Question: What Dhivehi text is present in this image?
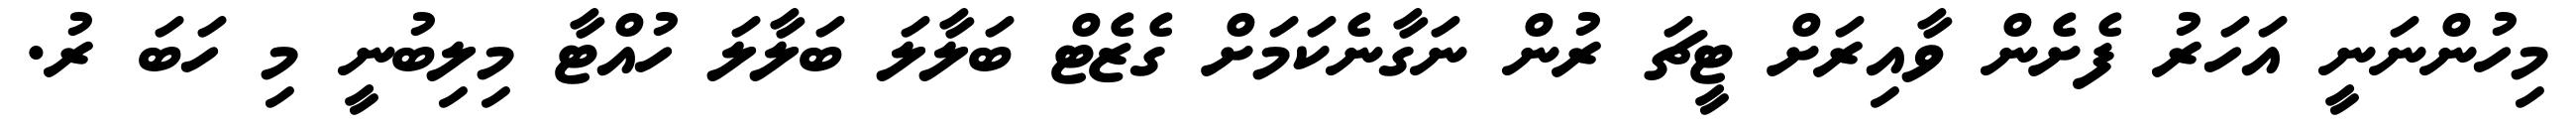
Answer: މިހުންނަނީ އަހަރު ފެށެން ވާއިރަށް ޓީޗަ ރުން ނަގާނެކަމަށް ގެޒެޓް ބަލާލަ ބަލާލަ ހުއްޓާ މިލިބުނީ މި ހަބަ ރު.